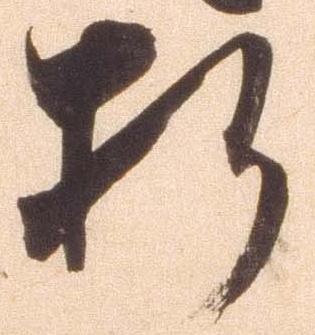
折